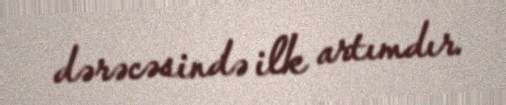
dərəcəsində ilk artımdır.